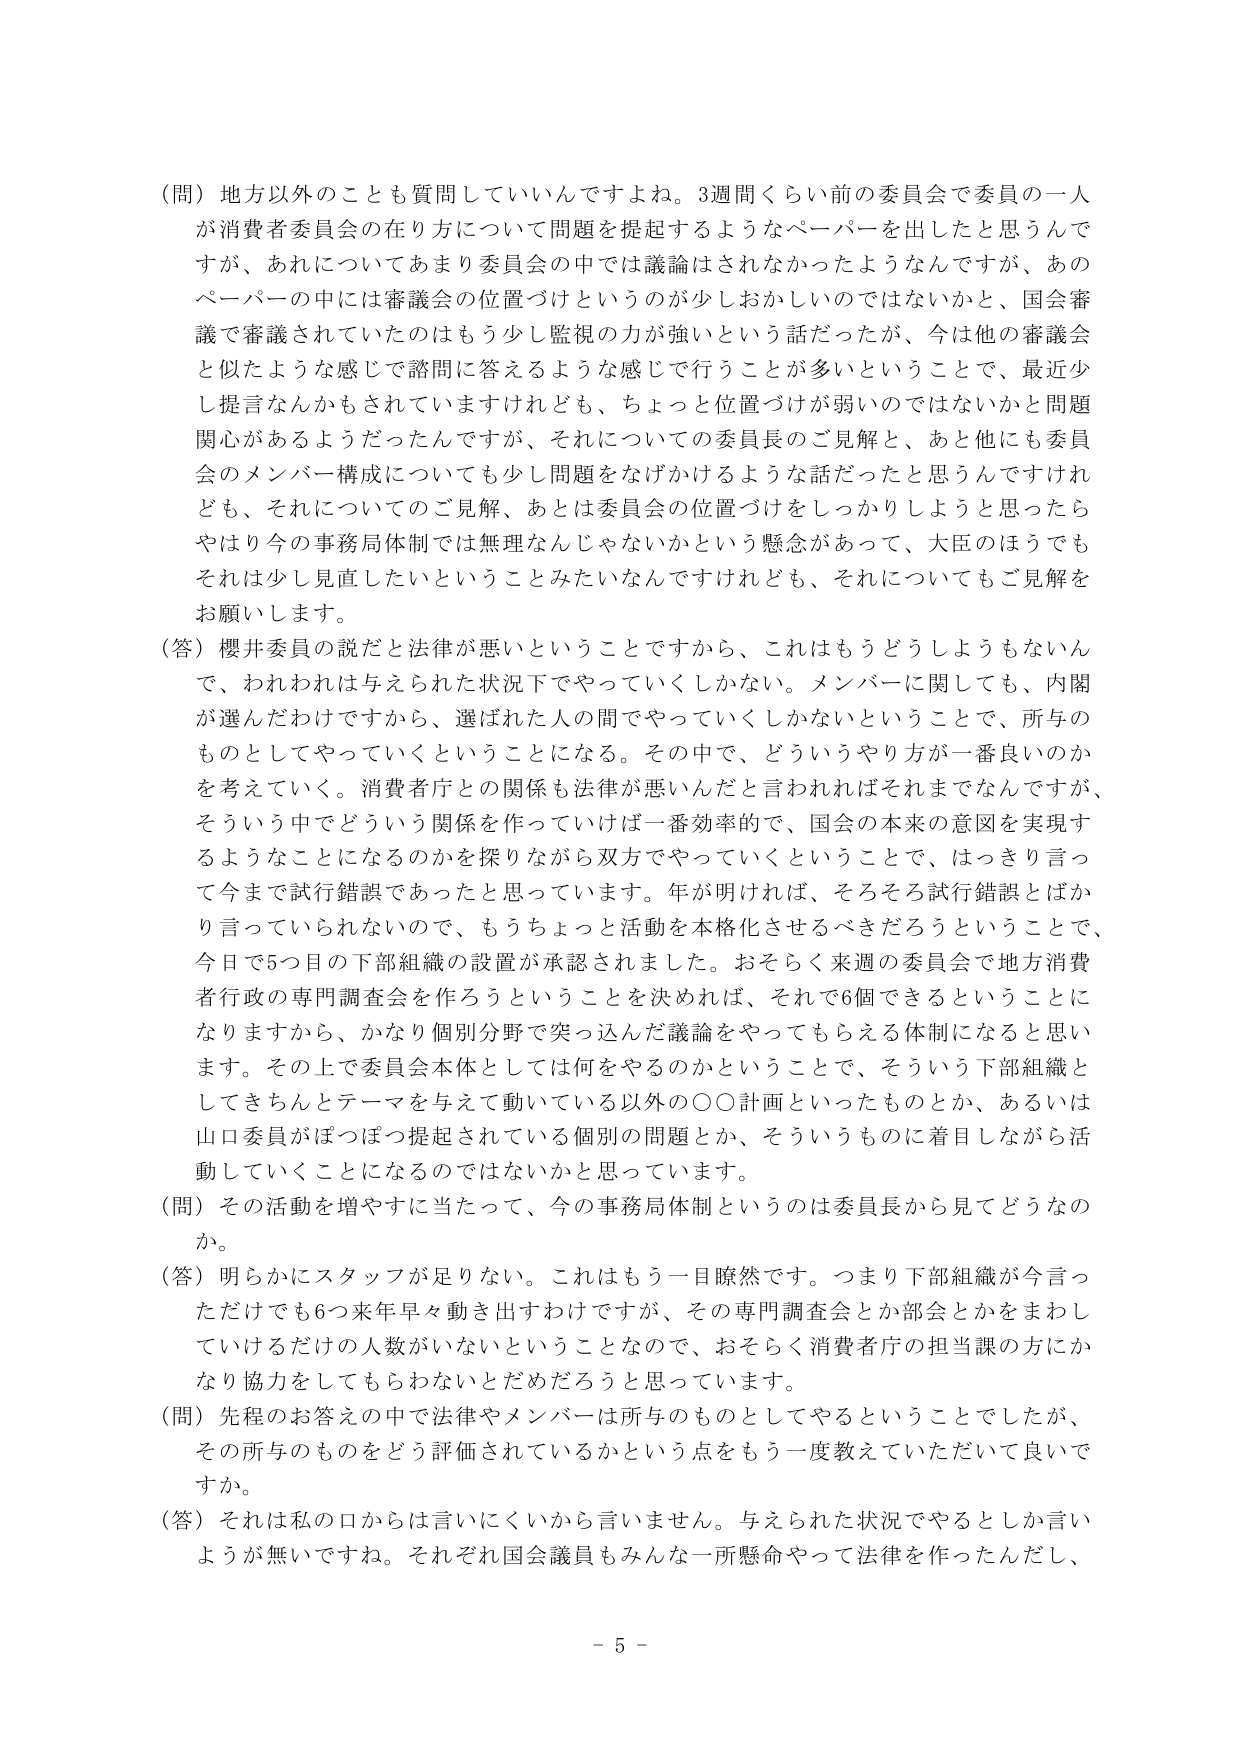
（問）地方以外のことも質問していいんですよね。3週間くらい前の委員会で委員の一人が消費者委員会の在り方について問題を提起するようなペーパーを出したと思うんですが、あれについてあまり委員会の中では議論はされなかったようなんですが、あのペーパーの中には審議会の位置づけというのが少しおかしいのではないかと、国会審議で審議されていたのはもう少し監視の力が強いという話だったが、今は他の審議会と似たような感じで諮問に答えるような感じで行うことが多いということで、最近少し提言なんかもされていますけれども、ちょっと位置づけが弱いのではないかと問題関心があるようだったんですが、それについての委員長のご見解と、あと他にも委員会のメンバー構成についても少し問題をなげかけるような話だったと思うんですけれども、それについてのご見解、あとは委員会の位置づけをしっかりしようと思ったらやはり今の事務局体制では無理なんじゃないかという懸念があって、大臣のほうでもそれは少し見直したいということみたいなんですけれども、それについてもご見解をお願いします。

（答）櫻井委員の説だと法律が悪いということですから、これはもうどうしようもないんで、われわれは与えられた状況下でやっていくしかない。メンバーに関しても、内閣が選んだわけですから、選ばれた人の間でやっていくしかないということで、所与のものとしてやっていくということになる。その中で、どういうやり方が一番良いのかを考えていく。消費者庁との関係も法律が悪いんだと言われればそれまでなんですが、そういう中でどういう関係を作っていけば一番効率的で、国会の本来の意図を実現するようなことになるのかを探りながら双方でやっていくということで、はっきり言って今まで試行錯誤であったと思っています。年が明ければ、そろそろ試行錯誤とはか り言っていられないんで、もうちょっと活動を本格化させるべきだろうということで、今日で5つ目の下部組織の設置が承認されました。おそらく来週の委員会で地方消費者行政の専門調査会を作ろうということを決めれば、それで6個できるということになりますから、かなり個別分野で突っ込んだ議論をやってもらえる体制になると思います。その上で委員会本体としては何をやるのかということで、そういう下部組織としてきちんとテーマを与えて動いている以外の〇〇計画といったものとか、あるいは山口委員がほぼ提起点されている個別の問題とか、そういうものに着目しながら活動していくことになるのではないかと思っています。

（問）その活動を増やすに当たって、今の事務局体制というのは委員長から見てどうなのか。

（答）明らかにスタッフが足りない。これはもう一目瞭然です。つまり下部組織が今言っただけでも6つ来年早々動き出すわけですが、その専門調査会とか部会とかをまわしていけるだけの人数がいないということなので、おそらく消費者庁の担当課の方にかなり協力をしてもらわないとだめだろうと思っています。

（問）先程のお答えの中で法律やメンバーは所与のものとしてやるということでしたが、その所与のものをどう評価されているかという点をもう一度教えていただいて良いですか。

（答）それは私の口からは言いにくいから言いません。与えられた状況でやるとしか言いようが無いですね。それぞれ国会議員もみんな一所懸命やって法律を作ったんだし、

－ 5 －